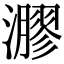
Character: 㶀